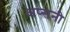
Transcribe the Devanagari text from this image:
अप्सनी